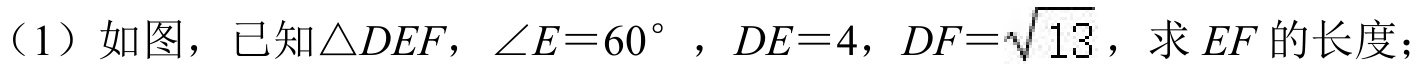
（1）如图，已知\(\triangle DEF\)，\(\angle E = 60^{\circ}\)，\(DE = 4\)，\(DF=\sqrt{13}\)，求\(EF\)的长度；